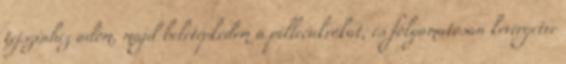
tejszínhez adom, majd beletépkedem a pillecukrokat, és folyamatosan kevergetve